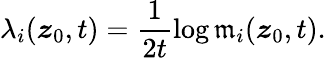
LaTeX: \lambda_{i}(\boldsymbol{z}_{0},t)=\frac{1}{2t}\log\mathfrak{m}_{i}(\boldsymbol{z}_{0},t).